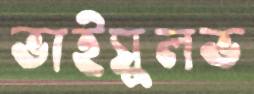
ভাইসুলভ